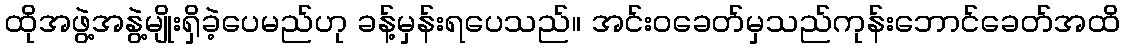
ထိုအဖွဲ့အနွဲ့မျိုးရှိခဲ့ပေမည်ဟု ခန့်မှန်းရပေသည်။ အင်းဝခေတ်မှသည်ကုန်းဘောင်ခေတ်အထိ